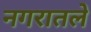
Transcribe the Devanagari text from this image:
नगरातले